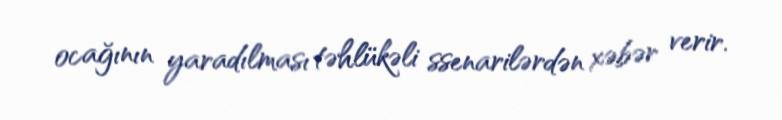
ocağının yaradılması təhlükəli ssenarilərdən xəbər verir.